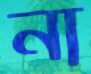
না